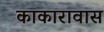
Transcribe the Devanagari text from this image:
काकारावास